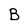
Character: B